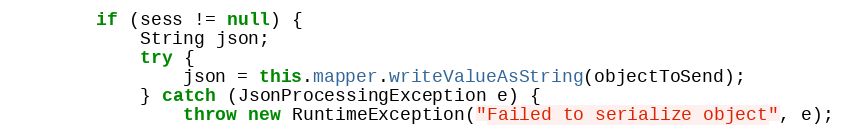
Language: Java
        if (sess != null) {
            String json;
            try {
                json = this.mapper.writeValueAsString(objectToSend);
            } catch (JsonProcessingException e) {
                throw new RuntimeException("Failed to serialize object", e);